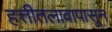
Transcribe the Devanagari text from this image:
हत्तीतलावापासून